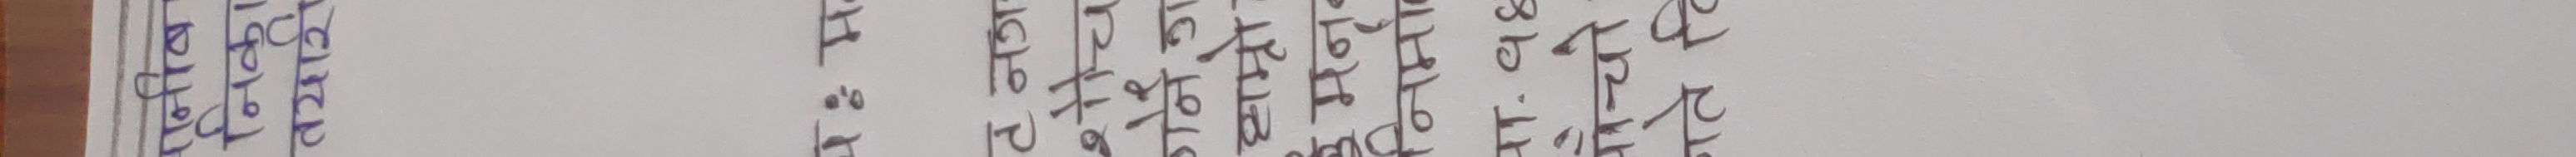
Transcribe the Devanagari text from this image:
अथवा कोहि किस्सा पठाउ